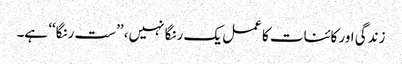
زندگی اور کائنات کا عمل یک رنگا نہیں، ’’ست رنگا‘‘ ہے۔